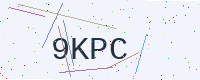
Text: 9KPC